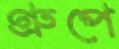
গ্রুপে